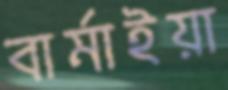
বার্মাইয়া